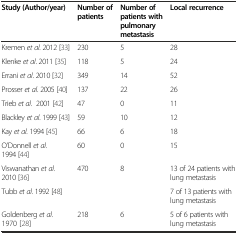
<table><thead><tr><td><b>Study (Author/year)</b></td><td><b>Number of patients</b></td><td><b>Number of patients with pulmonary metastasis</b></td><td><b>Local recurrence</b></td></tr></thead><tbody><tr><td>Kremen <i>et al</i>. 2012 [33]</td><td>230</td><td>5</td><td>28</td></tr><tr><td>Klenke <i>et al</i>. 2011 [35]</td><td>118</td><td>5</td><td>24</td></tr><tr><td>Errani <i>et al</i>. 2010 [32]</td><td>349</td><td>14</td><td>52</td></tr><tr><td>Prosser <i>et al</i>. 2005 [40]</td><td>137</td><td>22</td><td>26</td></tr><tr><td>Trieb <i>et al</i>. 2001 [42]</td><td>47</td><td>0</td><td>11</td></tr><tr><td>Blackley <i>et al</i>. 1999 [43]</td><td>59</td><td>10</td><td>12</td></tr><tr><td>Kay <i>et al</i>. 1994 [45]</td><td>66</td><td>6</td><td>18</td></tr><tr><td>O’Donnell <i>et al</i>. 1994 [44]</td><td>60</td><td>0</td><td>15</td></tr><tr><td>Viswanathan <i>et al</i>. 2010 [36]</td><td>470</td><td>8</td><td>13 of 24 patients with lung metastasis</td></tr><tr><td>Tubb <i>et al</i>. 1992 [48]</td><td></td><td></td><td>7 of 13 patients with lung metastasis</td></tr><tr><td>Goldenberg <i>et al</i>. 1970 [28]</td><td>218</td><td>6</td><td>5 of 6 patients with lung metastasis</td></tr></tbody></table>